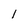
Character: 1